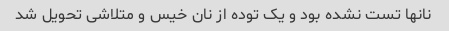
نانها تست نشده بود و یک توده از نان خیس و متلاشی تحویل شد